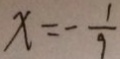
x = - \frac { 1 } { 9 }